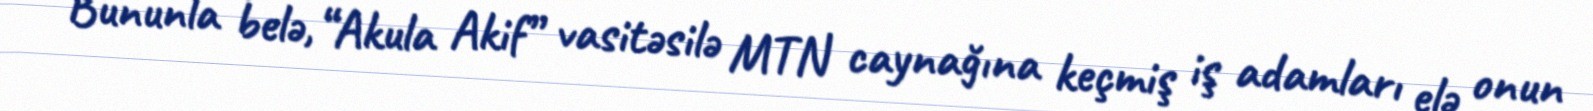
Bununla belə, “Akula Akif” vasitəsilə MTN caynağına keçmiş iş adamları elə onun